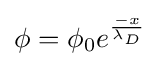
\phi =\phi _{0}e^{\frac {-x}{\lambda _{D}}}